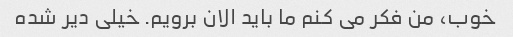
خوب، من فکر می کنم ما باید الان برویم. خیلی دیر شده